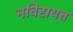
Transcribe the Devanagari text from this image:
भविसयत्त